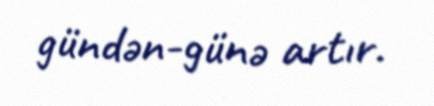
gündən-günə artır.